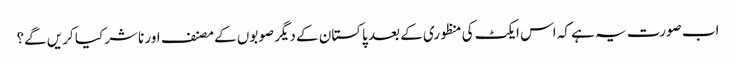
اب صورت یہ ہے کہ اس ایکٹ کی منظوری کے بعد پاکستان کے دیگر صوبوں کے مصنف اور ناشر کیا کریں گے؟